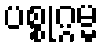
ပစ္စုဂ္ဂမ္မ